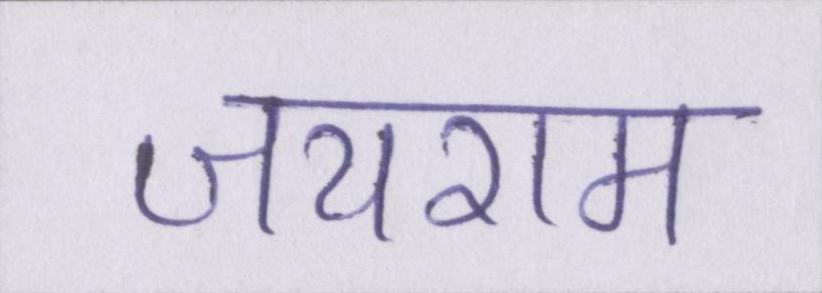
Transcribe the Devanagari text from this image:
जयराम